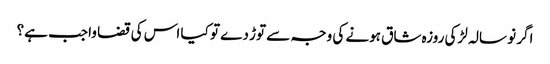
اگر نو سالہ لڑکی روزہ شاق ہونے کی وجہ سے توڑ دے تو کیا اس کی قضا واجب ہے؟